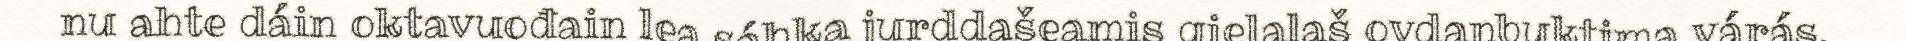
nu ahte dáin oktavuođain lea sáhka jurddašeamis gielalaš ovdanbuktima várás.